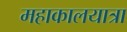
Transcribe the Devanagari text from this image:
महाकालयात्रा